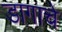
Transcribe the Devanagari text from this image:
डागाचे